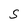
Character: S